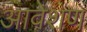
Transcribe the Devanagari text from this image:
आवेशण